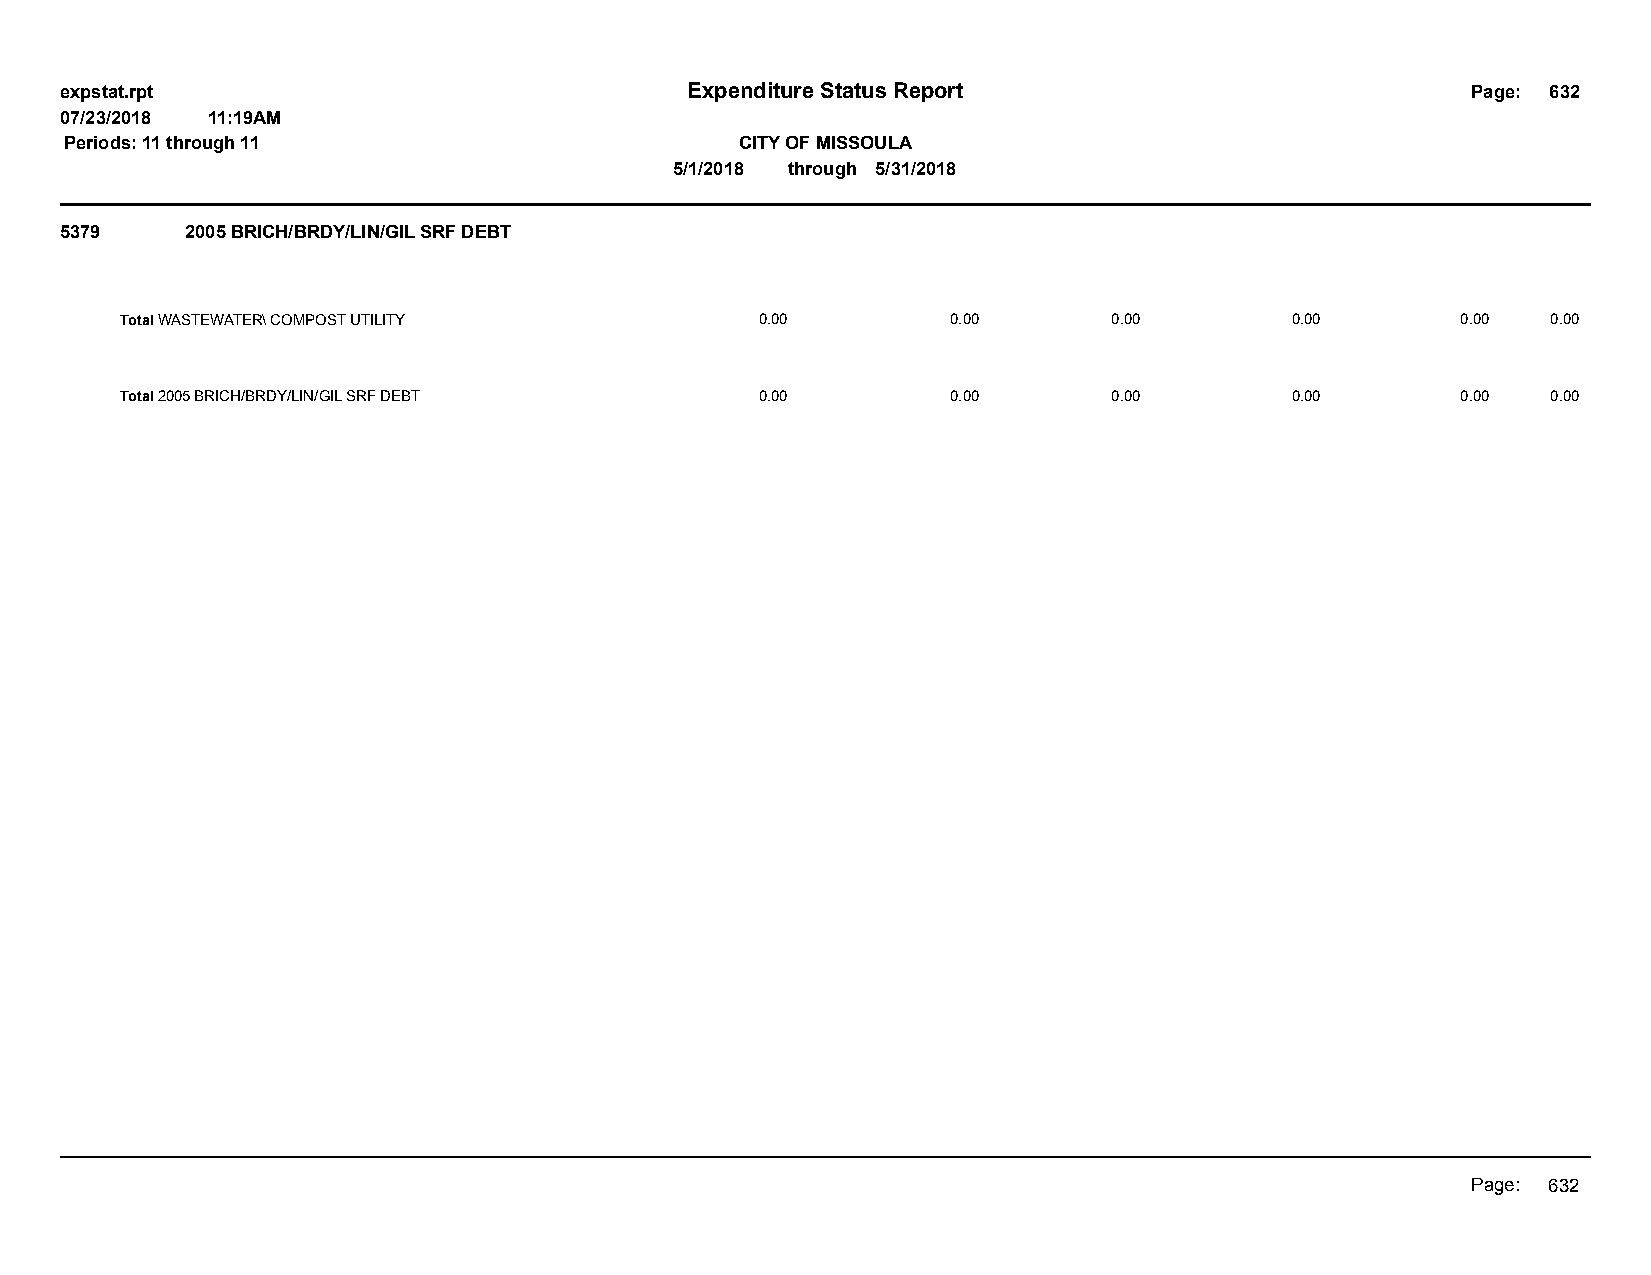
expstat.rpt                              Expenditure Status Report                           Page: 632
 07/23/2018 11:19AM
 Periods: 11 through 11                       CITY OF MISSOULA
 5/1/2018 through 5/31/2018
 5379    2005 BRICH/BRDY/LIN/GIL SRF DEBT
 Total WASTEWATER\ COMPOST UTILITY         0.00         0.00       0.00       0.00        0.00  0.00
 Total 2005 BRICH/BRDY/LIN/GIL SRF DEBT    0.00         0.00       0.00       0.00        0.00  0.00
 Page: 632